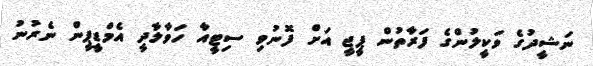
ނަޝީދުގެ ވަކީލުންގެ ފަރާތުން ޕީޖީ އަށް ފޮނުވި ސިޓީއާ ހަވާލާދީ އެމްޑީޕީން ނެރުނު